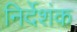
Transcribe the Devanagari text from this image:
निर्देशंक